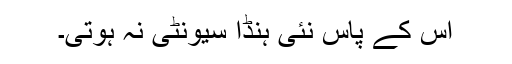
اس کے پاس نئی ہنڈا سیونٹی نہ ہوتی۔